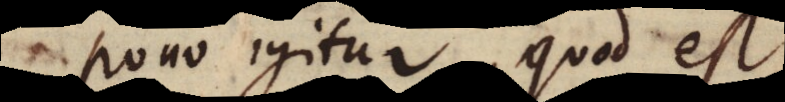
Pono igitur quod est